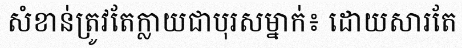
សំខាន់ត្រូវតែក្លាយជាបុរសម្នាក់៖ ដោយសារតែ